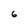
Character: 6